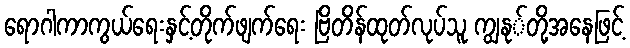
ရောဂါကာကွယ်ရေးနှင့်တိုက်ဖျက်ရေး ဗြိတိန်ထုတ်လုပ်သူ ကျွနု်တို့အနေဖြင့်